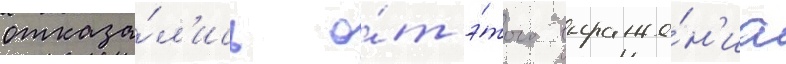
отказа́л'ись о́т э́того выраже́н'иа